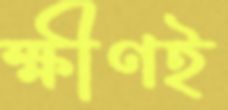
ক্ষীণই